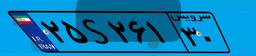
۲۵S۲۶۱۳۰